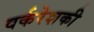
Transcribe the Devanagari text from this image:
वर्करेशकी